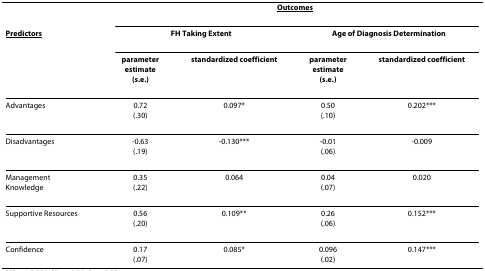
|  | <COLSPAN=4> <underline>Outcomes</underline> |
 | <underline>Predictors</underline> | <COLSPAN=2> FH Taking Extent | <COLSPAN=2> Age of Diagnosis Determination |
 |  | parameterestimate(s.e.) | standardized coefficient | parameterestimate(s.e.) | standardized coefficient |
 | --- | --- | --- | --- | --- |
 | Advantages | 0.72(.30) | 0.097* | 0.50(.10) | 0.202*** |
 | Disadvantages | -0.63(.19) | -0.130*** | -0.01(.06) | -0.009 |
 | ManagementKnowledge | 0.35(.22) | 0.064 | 0.04(.07) | 0.020 |
 | Supportive Resources | 0.56(.20) | 0.109** | 0.26(.06) | 0.152*** |
 | Confidence | 0.17(.07) | 0.085* | 0.096(.02) | 0.147*** |